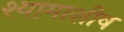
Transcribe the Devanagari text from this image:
श्यामाशीष